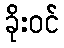
ခိုးဝင်